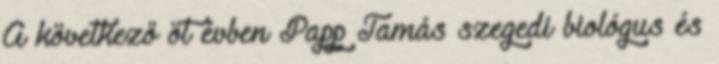
A következő öt évben Papp Tamás szegedi biológus és